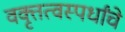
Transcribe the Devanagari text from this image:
वक्तृत्वस्पर्धांचे